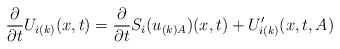
\begin{align*}\frac{\partial}{\partial t}U_{i(k)}(x,t)= \frac{\partial}{\partial t}S_i(u_{(k)A})(x,t)+U_{i(k)}'(x,t,A) \end{align*}